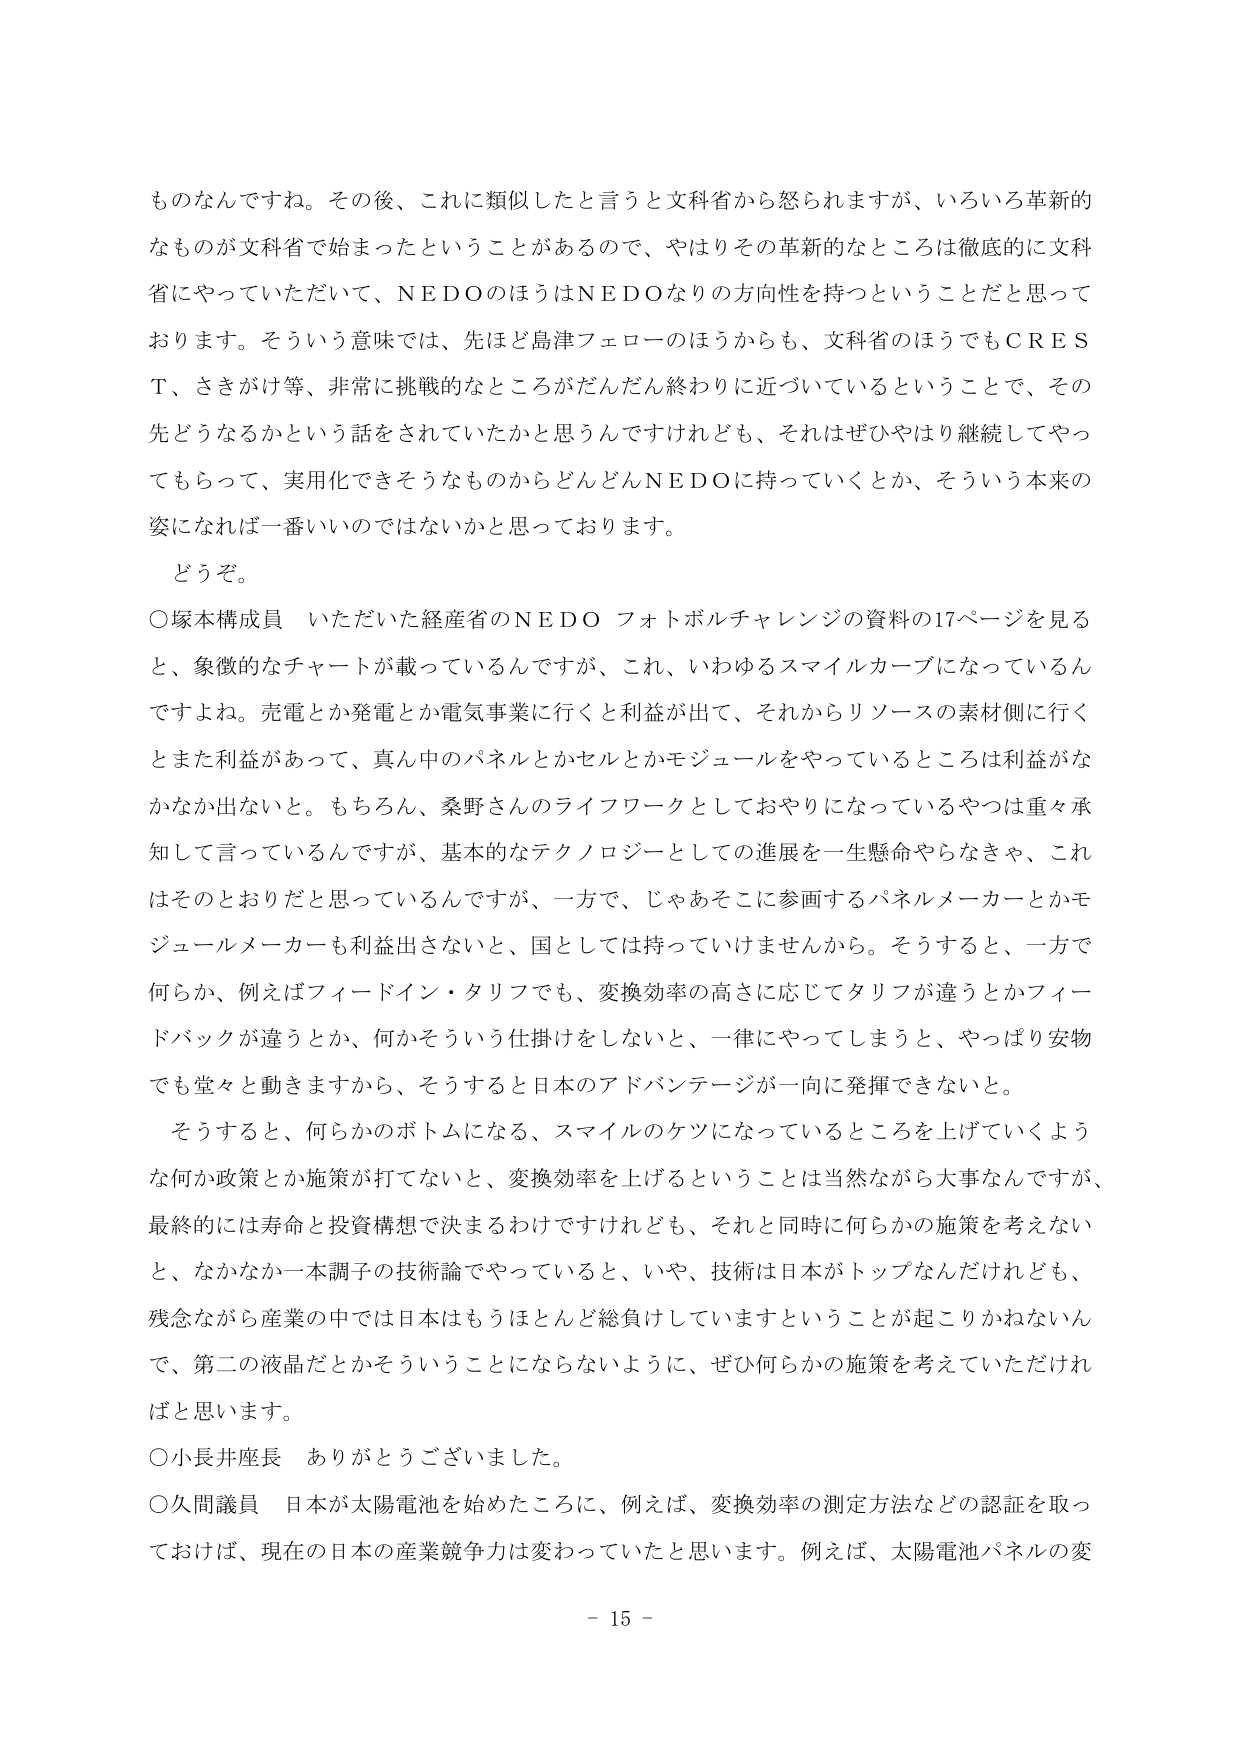
ものなんですね。その後、これに類似したと言うと文科省から怒られますが出、いろいろ革新的なもののが文科省で始まったということがあるので、やはりその革新的なところは徹底的に文科省にやっていただいて、ＮＥＤＯのほうはＮＥＤＯなりの方向性を持つということだと思っております。そういう意味では、先ほど島津フェローのほうからも、文科省のほうでもＣＲＥＳＴ、さきがけ等、非常に挑戦的なところがだんだん終わりに近づいているということで、その先どうなるかという話をされていたかと思うんですけれども、それはぜひやはり継続してやってもらって、実用化できそうなものからどんどんＮＥＤＯに持っていくとか、そういう本来の姿になれば一番いいのではないかと思っております。

どうぞ。

〇塚本構成員　いただいた経産省のＮＥＤＯフォトボルチャレンジの資料の17ページを見る と、象徴的なチャートが載っているんですが、これ、いわゆるスマイルカーブになっているんですよね。売電とか発電とか電気事業に行くと利益が出て、それからリソースの素材側に行くとまた利益があって、真ん中のパネルとかセルとかモジュールをやっているところは利益がなかなか出ない。もちろん、桑野さんのライフワークとしておやりになっているやつは重々承知して言っているんですが、基本的なテクノロジーとしての進展を一生懸命やらなきゃ、これはそのとおりだと思っているんですが、一方で、じゃあそこに参画するパネルメーカーとかモジュールメーカーも利益出さないと、国としては持っていけませんから。そうすると、一方で何らか、例えばフィードイン・タリフでも、変換効率の高さに応じてタリフが違うとかフィードバックが違うとか、何かそういう仕掛けをしないと、一律にやってしまうと、やっぱり安物でも堂々と動ききますから、そうすると日本のアドバンテージが一向に発揮できないと。

そうすると、何らかのボトムになる、スマイルのケツになっているところを上げていくような何か政策とか施策が打てないと、変換効率を上げるということは当然ながら大事なんですが、最終的には寿命と投資構想で決まるわけですけれども、それと同時に何らかの施策を考えないと、なかなか一本調子の技術論でやっていると、いや、技術は日本がトップなんだけれども、残念ながら産業の中では日本はもうほとんど総負けしていますということが起こりかねないんで、第二の液晶だとかそういうことにならないように、ぜひ何らかの施策を考えていただければと思います。

〇小長井座長　ありがとうございました。

〇久間議員　日本が太陽電池を始めたころに、例えば、変換効率の測定方法などの認証を取っておけば、現在の日本の産業競争力は変わっていたと思います。例えば、太陽電池パネルの変

－ 15 －